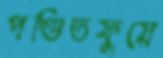
পণ্ডিতফুয়ে